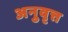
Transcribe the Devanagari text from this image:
अनुवृत्त